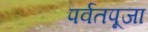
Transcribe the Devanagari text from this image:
पर्वतपूजा